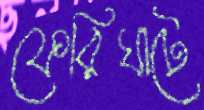
ফেরিঘাটে